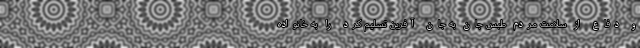
و دفاع از سلامت مردم طبس جان به جان آفرین تسلیم کرد را به خانواده